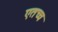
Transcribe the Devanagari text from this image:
एतच्च